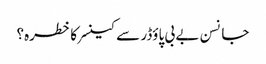
جانسن بے بی پاؤڈر سے کینسر کا خطرہ؟